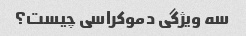
سه ویژگی دموکراسی چیست؟